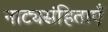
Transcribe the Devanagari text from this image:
नाट्यसंहिताएँ